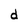
Character: d